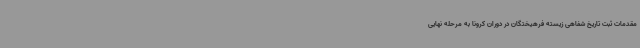
مقدمات ثبت تاریخ شفاهی زیسته فرهیختگان در دوران کرونا به مرحله نهایی